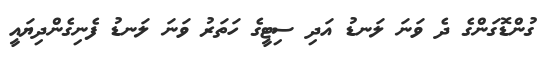
ގުންޑޮގަންގެ ދެ ވަނަ ލަނޑު އަދި ސިޓީގެ ހަތަރު ވަނަ ލަނޑު ފެނިގެންދިޔައީ